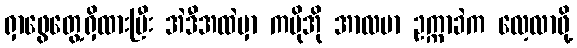
ရှာဖွေတွေ့ရှိထားပြီး အဲဒီအထဲမှာ ကမိုအို အာလဗာ ဥက္ကာခဲက လေ့လာဖို့